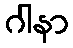
ဂါနာ